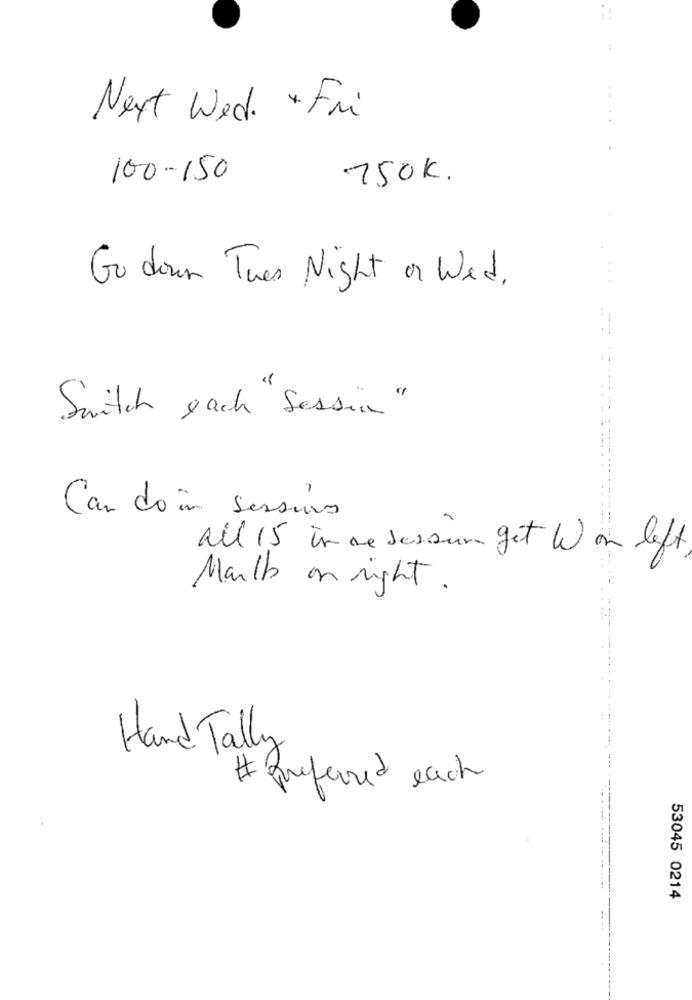
Next Wed. * Fri
100-150
750K.
Go down Tues Night or Wed,
Switch each "Sessin "
Can do in sessur
all 15 in me sessure get We on left
Marlb on right.
Hand Tally
# Preferred each
53045 0214